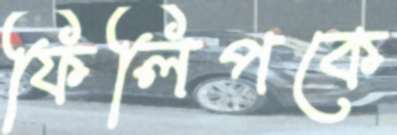
ফিলিপকে